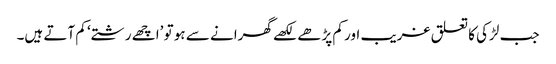
جب لڑکی کا تعلق غریب اور کم پڑھے لکھے گھرانے سے ہو تو ’اچھے رشتے‘ کم آتے ہیں۔